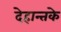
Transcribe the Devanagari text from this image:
देहान्तके